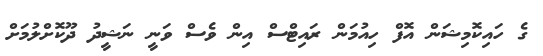
ގެ ހައިކޮމިޝަން އޮފް ހިއުމަން ރައިޓްސް އިން ވެސް ވަނީ ނަޝީދު ދޫކޮށްލުމަށް